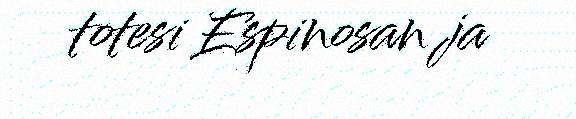
totesi Espinosan ja